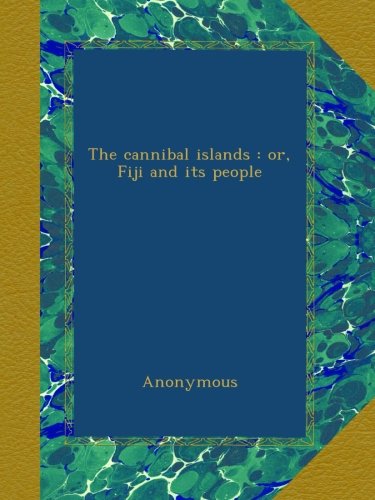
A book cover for The cannibal islands : or, Fiji and its people; Anonymous; History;